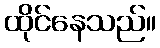
ထိုင်နေသည်။